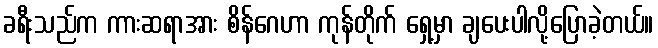
ခရီးသည်က ကားဆရာအား စိန်ဂေဟာ ကုန်တိုက် ရှေ့မှာ ချပေးပါလို့ပြောခဲ့တယ်။